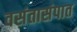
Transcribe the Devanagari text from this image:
वसंतासंपात